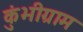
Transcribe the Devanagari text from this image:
कुंभीग्राम